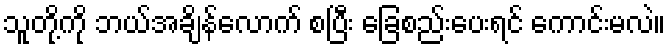
သူတို့ကို ဘယ်အချိန်လောက် စပြီး ခြေစည်းပေးရင် ကောင်းမလဲ။